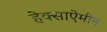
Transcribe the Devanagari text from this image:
हेक्साऐमीन